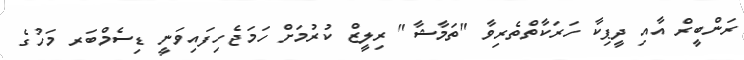
ރަންބީރް އާއި ދީޕިކާ ހަރަކާތްތެރިވާ "ތަމާޝާ" ރިލީޒް ކުރުމަށް ހަމަޖެހިފައިވަނީ ޑިސެމްބަރ މަހުގެ